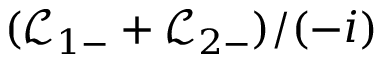
( \mathcal { L } _ { 1 - } + \mathcal { L } _ { 2 - } ) / ( - i )